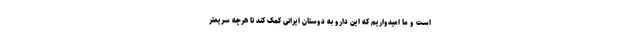
است و ما امیدواریم که این دارو به دوستان ایرانی کمک کند تا هرچه سریعتر